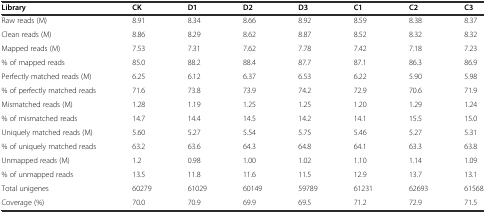
<table><thead><tr><td><b>Library</b></td><td><b>CK</b></td><td><b>D1</b></td><td><b>D2</b></td><td><b>D3</b></td><td><b>C1</b></td><td><b>C2</b></td><td><b>C3</b></td></tr></thead><tbody><tr><td>Raw reads (M)</td><td>8.91</td><td>8.34</td><td>8.66</td><td>8.92</td><td>8.59</td><td>8.38</td><td>8.37</td></tr><tr><td>Clean reads (M)</td><td>8.86</td><td>8.29</td><td>8.62</td><td>8.87</td><td>8.52</td><td>8.32</td><td>8.32</td></tr><tr><td>Mapped reads (M)</td><td>7.53</td><td>7.31</td><td>7.62</td><td>7.78</td><td>7.42</td><td>7.18</td><td>7.23</td></tr><tr><td>% of mapped reads</td><td>85.0</td><td>88.2</td><td>88.4</td><td>87.7</td><td>87.1</td><td>86.3</td><td>86.9</td></tr><tr><td>Perfectly matched reads (M)</td><td>6.25</td><td>6.12</td><td>6.37</td><td>6.53</td><td>6.22</td><td>5.90</td><td>5.98</td></tr><tr><td>% of perfectly matched reads</td><td>71.6</td><td>73.8</td><td>73.9</td><td>74.2</td><td>72.9</td><td>70.6</td><td>71.9</td></tr><tr><td>Mismatched reads (M)</td><td>1.28</td><td>1.19</td><td>1.25</td><td>1.25</td><td>1.20</td><td>1.29</td><td>1.24</td></tr><tr><td>% of mismatched reads</td><td>14.7</td><td>14.4</td><td>14.5</td><td>14.2</td><td>14.1</td><td>15.5</td><td>15.0</td></tr><tr><td>Uniquely matched reads (M)</td><td>5.60</td><td>5.27</td><td>5.54</td><td>5.75</td><td>5.46</td><td>5.27</td><td>5.31</td></tr><tr><td>% of uniquely matched reads</td><td>63.2</td><td>63.6</td><td>64.3</td><td>64.8</td><td>64.1</td><td>63.3</td><td>63.8</td></tr><tr><td>Unmapped reads (M)</td><td>1.2</td><td>0.98</td><td>1.00</td><td>1.02</td><td>1.10</td><td>1.14</td><td>1.09</td></tr><tr><td>% of unmapped reads</td><td>13.5</td><td>11.8</td><td>11.6</td><td>11.5</td><td>12.9</td><td>13.7</td><td>13.1</td></tr><tr><td>Total unigenes</td><td>60279</td><td>61029</td><td>60149</td><td>59789</td><td>61231</td><td>62693</td><td>61568</td></tr><tr><td>Coverage (%)</td><td>70.0</td><td>70.9</td><td>69.9</td><td>69.5</td><td>71.2</td><td>72.9</td><td>71.5</td></tr></tbody></table>